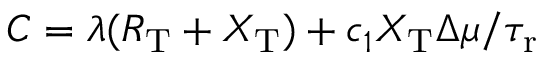
C = \lambda ( R _ { \mathrm { T } } + X _ { \mathrm { T } } ) + c _ { 1 } X _ { \mathrm { T } } \Delta \mu / { \tau _ { \mathrm { r } } }